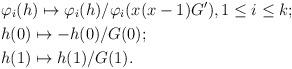
LaTeX: \begin{align*} &\varphi_i(h)\mapsto \varphi_i(h)/\varphi_i(x(x-1)G'), 1\le i\le k;\\ &h(0)\mapsto -h(0)/G(0); \\ &h(1)\mapsto h(1)/G(1). \end{align*}